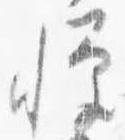
憚